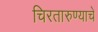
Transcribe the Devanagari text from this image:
चिरतारुण्याचे